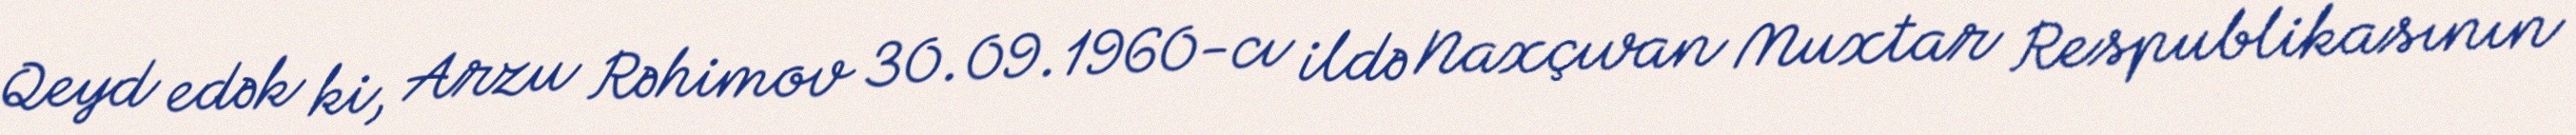
Qeyd edək ki, Arzu Rəhimov 30.09.1960-cı ildə Naxçıvan Muxtar Respublikasının